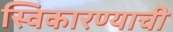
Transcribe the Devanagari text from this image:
स्विकारण्याची